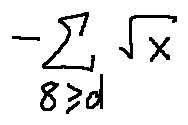
- \sum \limits _ { 8 \geq d } \sqrt { x }